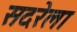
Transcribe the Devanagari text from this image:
सदरेला